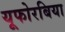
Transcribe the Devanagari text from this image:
यूफोरबिया